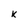
Character: k